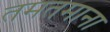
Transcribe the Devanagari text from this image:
तमतमाना